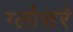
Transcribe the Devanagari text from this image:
ग्लोसरे